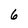
Character: 6